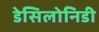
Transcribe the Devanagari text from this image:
डेसिलोनिडी